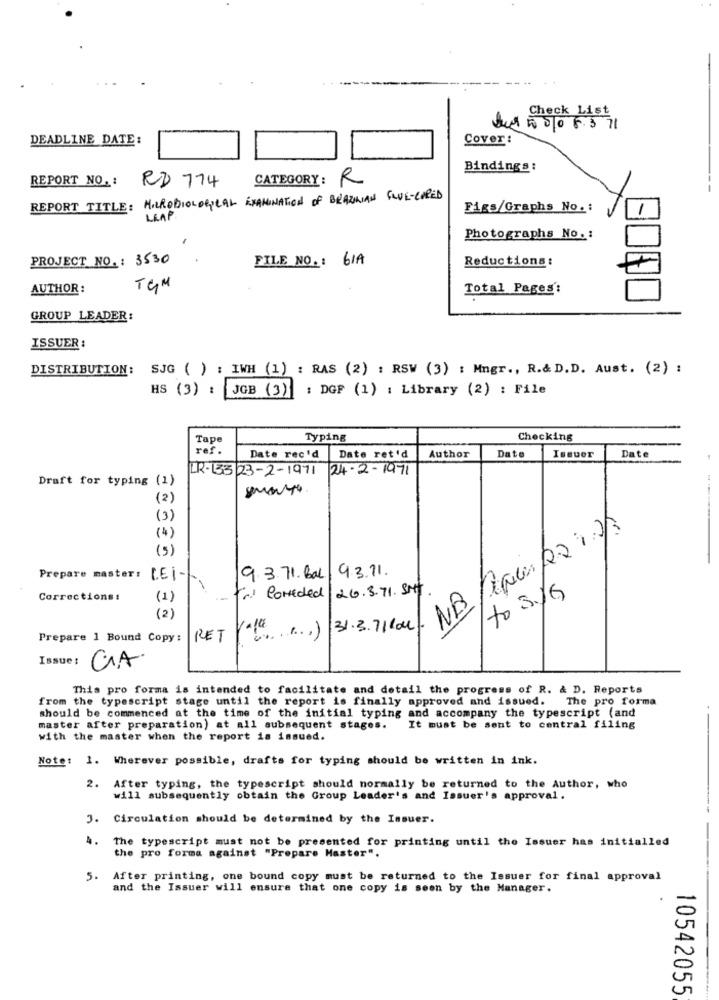
Check List
Que 50 010 8.3 71
DEADLINE DATE:
Cover:
Bindings:
REPORT NO. :
CATEGORY: R
RD 774
REPORT TITLE: MICROBIOLOGICAL EXAMINATION OF BRAZILIAN GLUE-CURED
Figs/Graphs No .:
LEAP.
Photographs No. :
PROJECT NO .: 3530
FILE NO .: 61A
Reductions :
AUTHOR :
TGM
Total Pages:
GROUP LEADER:
ISSUER :
DISTRIBUTION:
SJG ( ) : IWH (1) : RAS (2) : RSW (3) : Mngr ., R.& D.D. Aust. (2) :
HS (3) : JGB (3) : DGF (1) : Library (2) : File
Tape
Typing
Checking
ref.
Date rec'd
Date ret'd
Author
Date
Issuer
Date
IR-133 23-2-1971 24-2-1971
Draft for typing (1)
(2)
(3)
(4)
(5)
93.71.
Prepare master: [E] -
9.3.71. Bal
26.3.71. SMY.
Corrections:
(1)
fri Comeded
to 3/6
( 2)
V ... .. ) 31.3.7110
Prepare 1 Bound Copy :
RET
Issue :
This pro forma is intended to facilitate and detail the progress of R. & D. Reports
from the typescript stage until the report is finally approved and issued. The pro forma
should be commenced at the time of the initial typing and accompany the typescript (and
master after preparation) at all subsequent stages.
It must be sent to central filing
with the master when the report is issued.
Note: 1. Wherever possible, drafts for typing should be written in ink.
2.
After typing, the typescript should normally be returned to the Author, who
will subsequently obtain the Group Leader's and Issuer's approval.
3. Circulation should be determined by the Issuer.
4.
The typescript must not be presented for printing until the Issuer has initialled
the pro forma against "Prepare Master".
5.
After printing, one bound copy must be returned to the Issuer for final approval
and the Issuer will ensure that one copy is seen by the Manager.
10542055